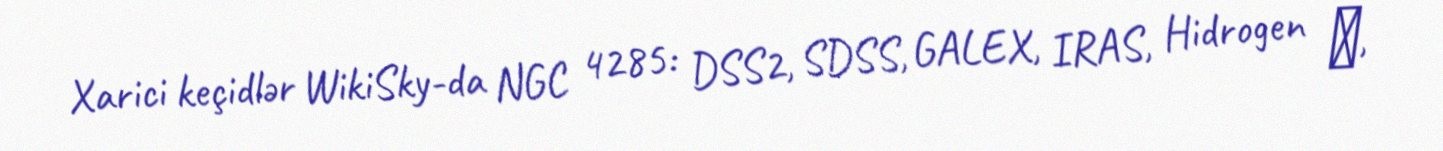
Xarici keçidlər WikiSky-da NGC 4285: DSS2, SDSS, GALEX, IRAS, Hidrogen α,